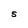
Character: S